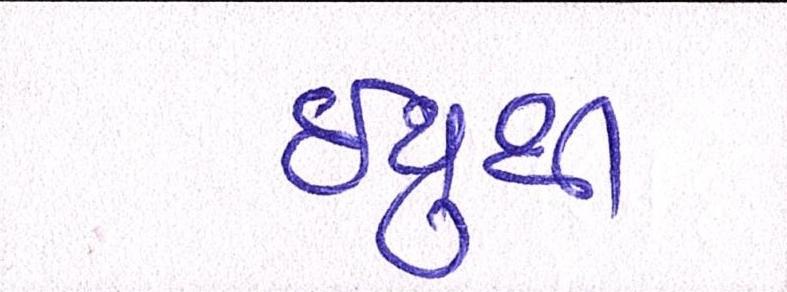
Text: ઇયુથી